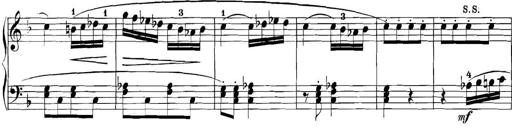
Title: 3 Sonatinas
Composer: Carl Reinecke